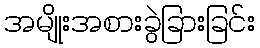
အမျိုးအစားခွဲခြားခြင်း